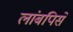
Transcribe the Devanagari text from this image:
लांबपिसे